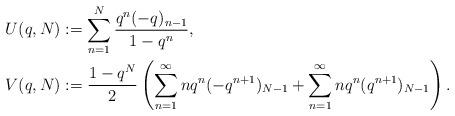
LaTeX: \begin{align*}U(q, N)&:=\sum_{n=1}^{N} \frac{q^n (-q)_{n-1}}{1-q^n},\\V(q, N)&:=\frac{1-q^N}{2}\left(\sum_{n=1}^{\infty} nq^n (-q^{n+1})_{N-1} + \sum_{n=1}^{\infty} nq^n (q^{n+1})_{N-1}\right).\end{align*}